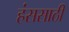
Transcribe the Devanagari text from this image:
हंससाठी